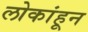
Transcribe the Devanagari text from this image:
लोकांहून